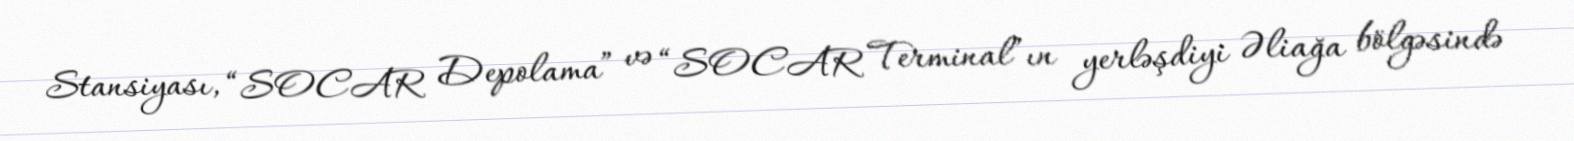
Stansiyası, “SOCAR Depolama” və “SOCAR Terminal”ın yerləşdiyi Əliağa bölgəsində